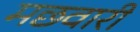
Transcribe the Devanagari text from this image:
मछवारी